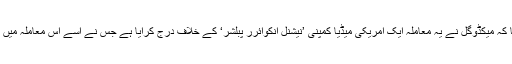
رائٹر کے مطابق میكڈوگل کے وکیل پیٹرا سٹیرس نے اس معاملہ میں کہا کہ میكڈوگل نے یہ معاملہ ایک امریکی میڈیا کمپنی ’نیشنل انكوائرر پبلشر‘ کے خلاف درج کرایا ہے جس نے اسے اس معاملہ میں کچھ نہ بولنے کے لئے 2016 میں ڈیڑھ لاکھ ڈالر کی رقم فراہم کی تھی۔